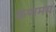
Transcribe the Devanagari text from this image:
कणमय